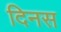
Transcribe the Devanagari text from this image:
दिनस